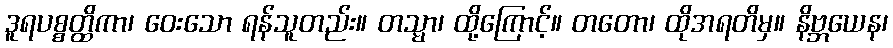
ဒူရပစ္စတ္ထိကာ၊ ဝေးသော ရန်သူတည်း။ တသ္မာ၊ ထို့ကြောင့်။ တတော၊ ထိုအရတိမှ။ နိဗ္ဘယေန၊